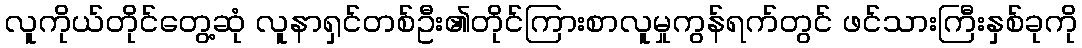
လူကိုယ်တိုင်တွေ့ဆုံ လူနာရှင်တစ်ဦး၏တိုင်ကြားစာလူမှုကွန်ရက်တွင် ဖင်သားကြီးနှစ်ခုကို